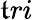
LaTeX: \mathfrak{t}ri